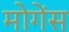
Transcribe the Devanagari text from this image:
मोगेंस